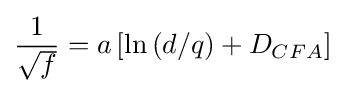
{\frac {1}{\sqrt {f}}}={a\left[\ln \left(d/q\right)+D_{CFA}\right]}